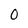
Character: 0